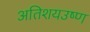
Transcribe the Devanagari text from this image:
अतिशयउष्ण